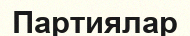
Партиялар